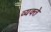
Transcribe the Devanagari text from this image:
व्यक्ते